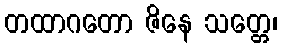
တထာဂတော ဇိနေ သတ္တေ၊